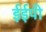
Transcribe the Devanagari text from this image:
ईईपी